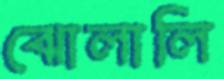
ঝোলালি